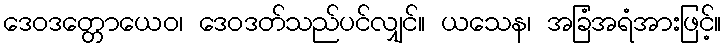
ဒေဝဒတ္တောယေဝ၊ ဒေဝဒတ်သည်ပင်လျှင်။ ယသေန၊ အခြံအရံအားဖြင့်။